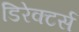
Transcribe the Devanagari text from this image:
डिरेक्टर्स